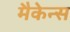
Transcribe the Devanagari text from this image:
मैकेन्स